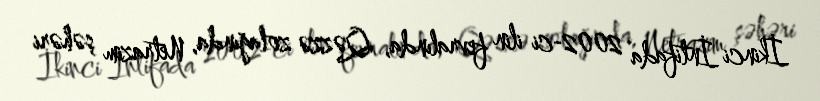
İkinci İntifada 2002-ci ilin fevralında, Qəzzə zolağında, Netrazim şəhəri